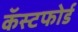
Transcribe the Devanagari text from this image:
कॅस्टफोर्ड